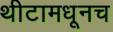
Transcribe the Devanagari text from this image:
थीटामधूनच